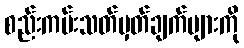
စည်းကမ်းသတ်မှတ်ချက်များကို